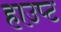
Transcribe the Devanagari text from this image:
हाउप्ट